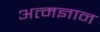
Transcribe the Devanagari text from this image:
अत्मज्ञान